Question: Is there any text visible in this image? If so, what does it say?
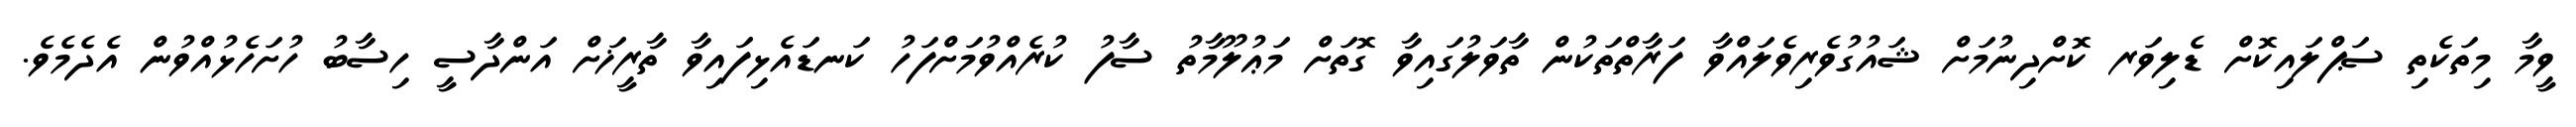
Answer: ވީމާ މިތަކެތި ސަޕްލައިކޮށް ޑެލިވަރ ކޮށްދިނުމަށް ޝައުގުވެރިވެލައްވާ ފަރާތްތަކުން ތާވަލުގައިވާ ގޮތަށް މަޢުލޫމާތު ސާފު ކުރެއްވުމަށްފަހު ކަނޑައެޅިފައިވާ ތާރީޚަށް އަންދާސީ ހިސާބު ހުށަހެޅުއްވުން އެދެމެވެ.